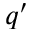
q ^ { \prime }